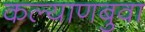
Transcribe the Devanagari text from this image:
कल्याणबुवा